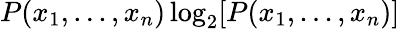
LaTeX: P(x_{1},...,x_{n})\log_{2}[P(x_{1},...,x_{n})]